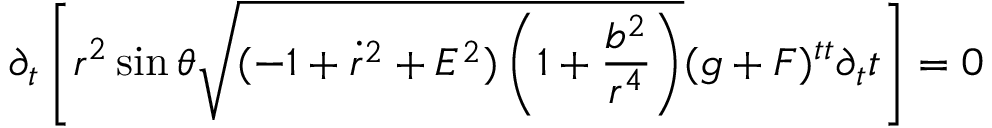
\partial _ { t } \left[ r ^ { 2 } \sin \theta \sqrt { ( - 1 + \dot { r } ^ { 2 } + E ^ { 2 } ) \left( 1 + \frac { b ^ { 2 } } { r ^ { 4 } } \right) } ( g + F ) ^ { t t } \partial _ { t } t \right] = 0